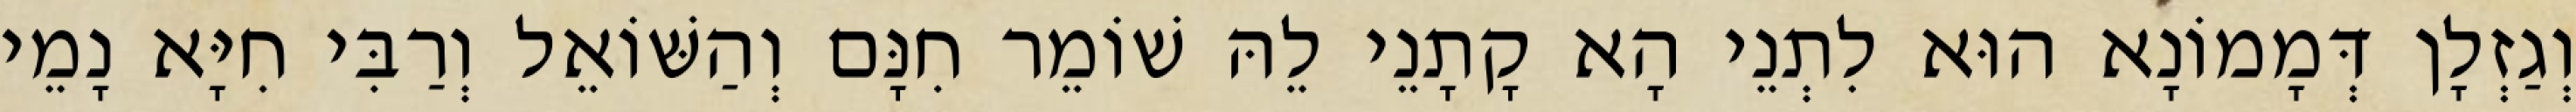
וְגַזְלָן דְּמָמוֹנָא הוּא לִתְנֵי הָא קָתָנֵי לֵהּ שׁוֹמֵר חִנָּם וְהַשּׁוֹאֵל וְרַבִּי חִיָּא נָמֵי